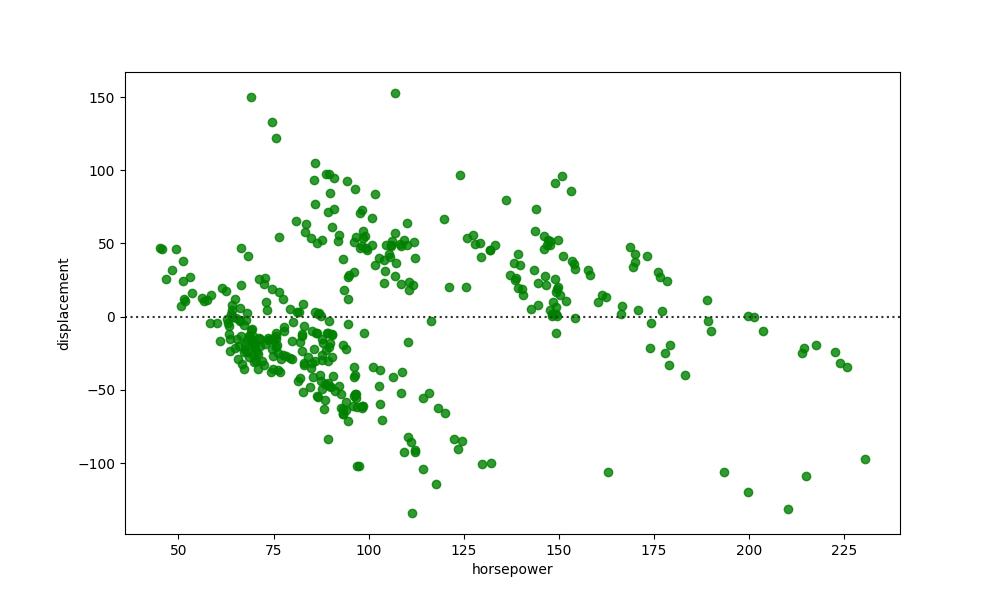
python, seaborn, residplot, lowess=False, scatter_color=green